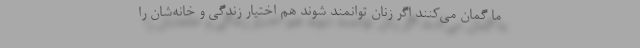
ما گمان می‌کنند اگر زنان توانمند شوند هم اختیار زندگی و خانه‌شان را